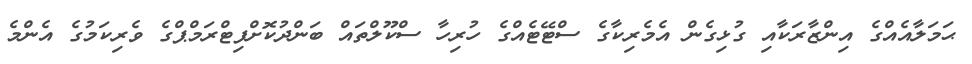
ޙަމަލާއެއްގެ އިންޒާރަކާއި ގުޅިގެން އެމެރިކާގެ ސްޓޭޓެއްގެ ހުރިހާ ސްކޫލްތައް ބަންދުކޮށްފިޓްރަމްޕްގެ ވެރިކަމުގެ އެންމެ